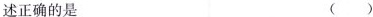
述正确的是 ( )